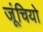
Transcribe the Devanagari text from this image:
जूंचियो